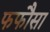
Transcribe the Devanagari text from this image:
फफौसा